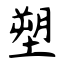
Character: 塑